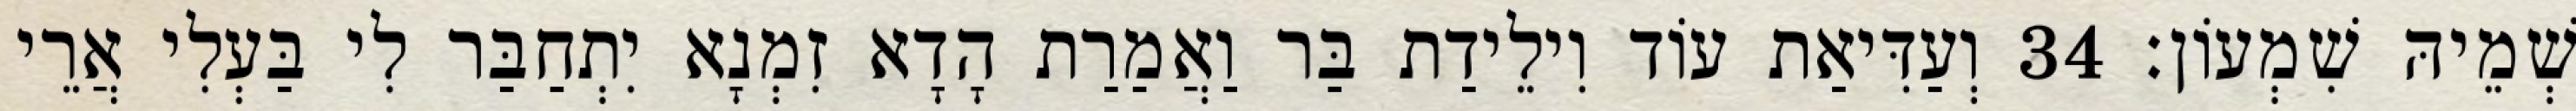
שְׁמֵיהּ שִׁמְעוֹן׃ 34 וְעַדִּיאַת עוֹד וִילֵידַת בַּר וַאֲמַרַת הָדָא זִמְנָא יִתְחַבַּר לִי בַּעְלִי אֲרֵי